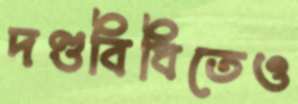
দণ্ডবিধিতেও